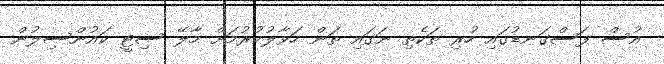
އުސް ފަސްގަނޑުގައި ހުރި ތަކެތި ނަގައި ތަން ހަވާލުކުރުމަށް މާލޭ ސިޓީ ކައުންސިލުން